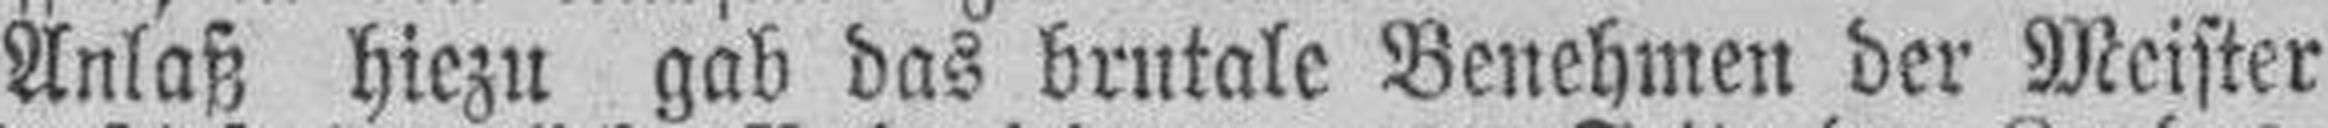
Anlaß hiezu gab das brutale Benehmen der Meister